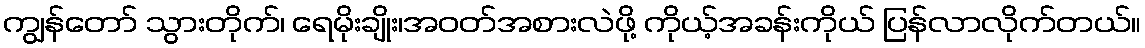
ကျွန်တော် သွားတိုက်၊ ရေမိုးချိုး၊အဝတ်အစားလဲဖို့ ကိုယ့်အခန်းကိုယ် ပြန်လာလိုက်တယ်။